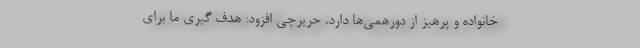
خانواده و پرهیز از دورهمی‌ها دارد. حریرچی افزود: هدف گیری ما برای